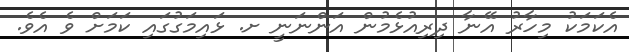
އެކަމަކު މިހާރު އޭނާ ދިރިއުޅެމުން އަންނަނީ ށ. ޅައިމަގުގައި ކަމަށް ވެ އެވެ.